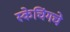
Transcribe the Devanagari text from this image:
स्केचिंगचे